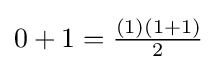
0+1={\tfrac {(1)(1+1)}{2}}